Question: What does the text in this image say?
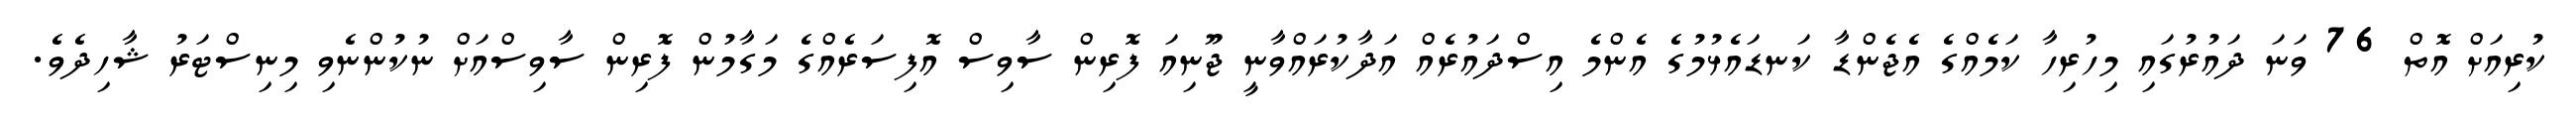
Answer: ކުރިއަށް އޮތް 76 ވަނަ ދައުރުގައި މިހުރިހާ ކަމެއްގެ އެޖެންޑާ ކަނޑައެޅުމުގެ އެންމެ އިސްދައުރެއް އަދާކުރައްވާނީ ޖޫނިއަ ފޮރިން ސާވިސް އޮފިސަރެއްގެ މަގާމުން ފޮރިން ސާވިސްއަށް ނުކުންނެވި މިނިސްޓަރު ޝާހިދެވެ.